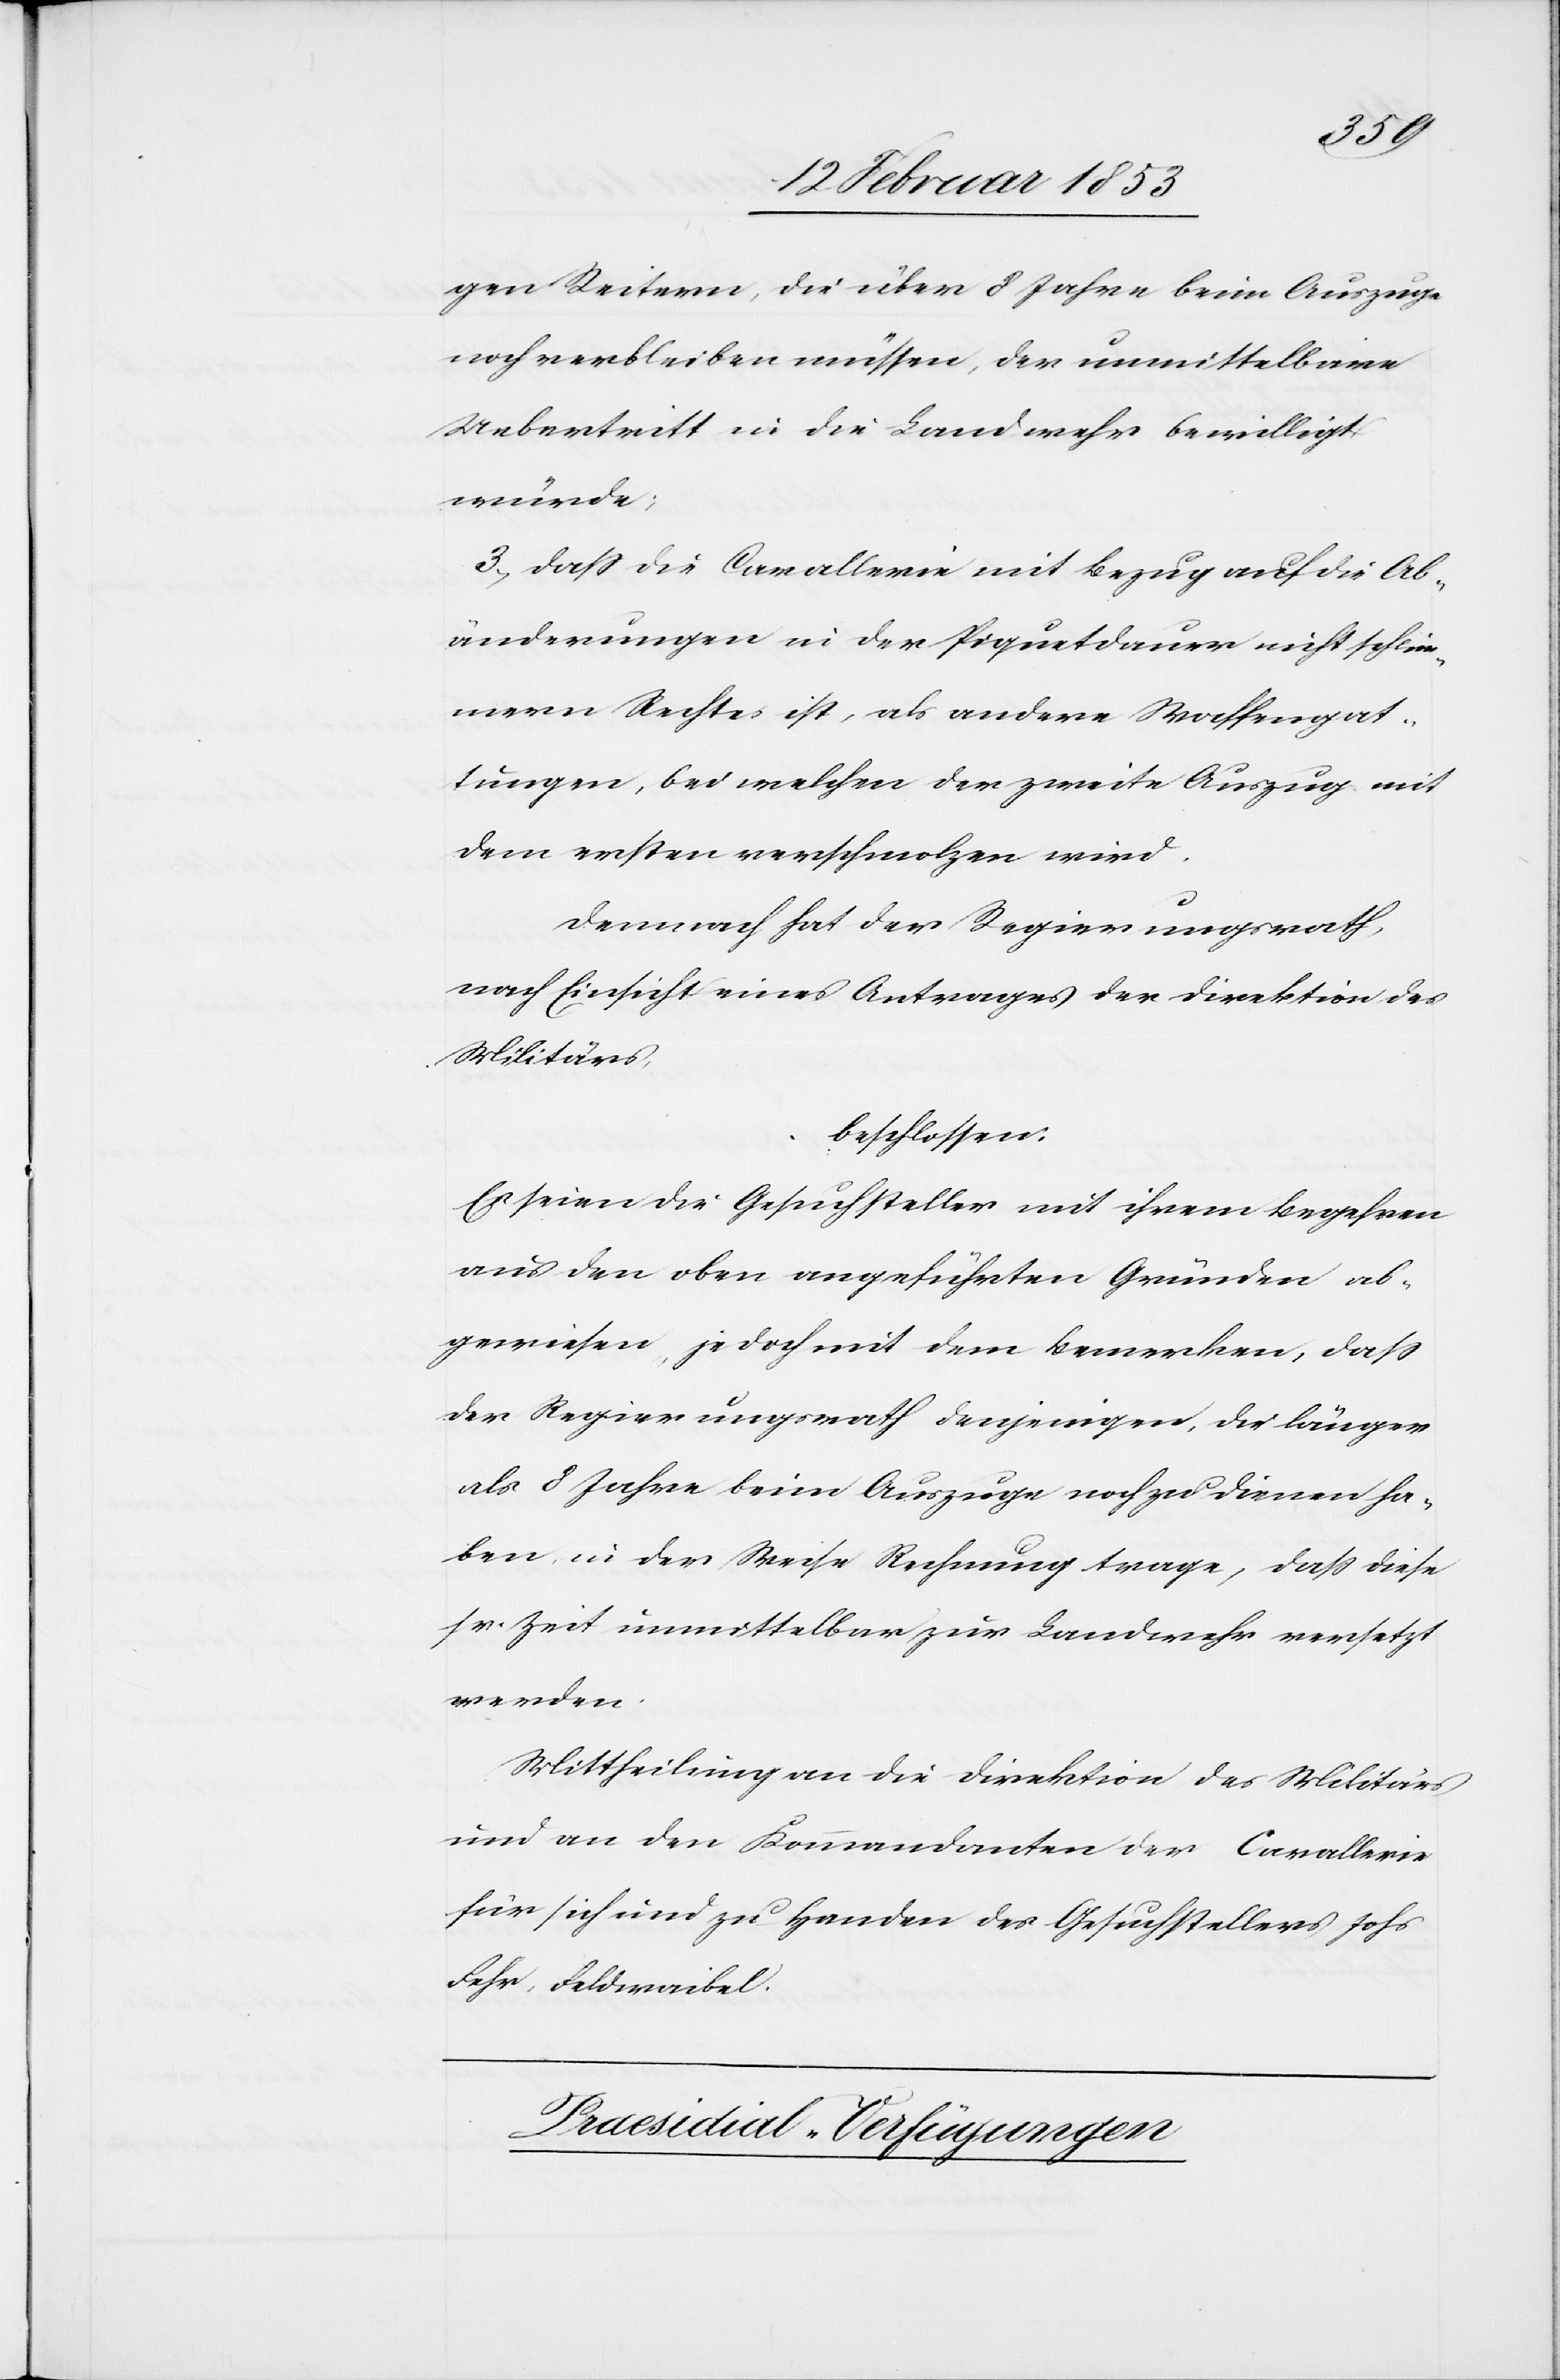
gen Reitern, die über 8 Jahre beim Auszug
noch verbleiben müssen, der unmittelbare
Uebertritt in die Landwehr bewilligt
würde.
3, daß die Cavallerie mit Bezug auf die Ab¬
änderungen in der Piquetdauer nicht schlim¬
mern Rechtes ist, als andere Waffengat¬
tungen, bei welchen der zweite Auszug mit
dem ersten verschmolzen wird.
Demnach hat der Regierungsrath,
nach Einsicht eines Antrages der Direktion
Militärs,
beschlossen:
Es seien die Gesuchsteller mit ihrem Begehren
aus den oben angeführten Gründen ab¬
gewiesen, jedoch mit dem Bemerken, daß
der Regierungsrath denjenigen, die länger
als 8 Jahre beim Auszuge noch zu dienen ha¬
ben, in der Weise Rechnung trage, daß diese
sr. Zeit unmittelbar zur Landwehr versetzt
werden.
Mittheilung an die Direktion des Militärs
und an den Kommandanten der Cavallerie
für sich und zu Handen des Gesuchstellers Johs.
Fehr, Feldwaibel.